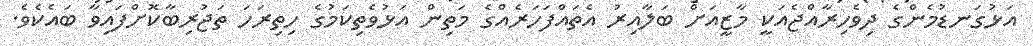
އަޅުގަނޑުމެންގެ ދިވެހިރާއްޖެއަކީ މާޒީއަށް ބަލާއިރު އެތައްފަހަރެއްގެ މަތިން އަޅުވެތިކަމުގެ ހިތިރަހަ ތަޖުރިބާކޮށްފައިވާ ބައެކެވެ.